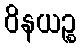
ဝိနယဉ္စ